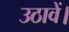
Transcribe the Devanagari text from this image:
उठावें।